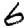
Digit: 6